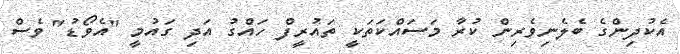
އެކުދިންގެ ބެލެނިވެރިން ކުރާ މަސައްކަތަކީ ތައުރީފް ހައްގު އަދި ގައުމީ "އެވޯޑު" ވެސް